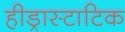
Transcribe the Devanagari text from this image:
हीड्रास्टाटिक